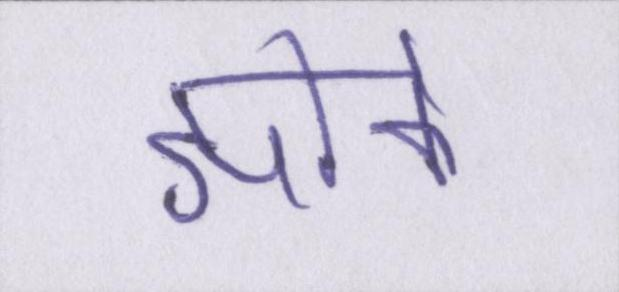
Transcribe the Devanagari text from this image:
झांके